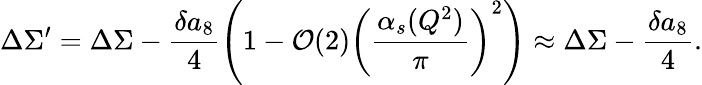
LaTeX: \Delta\Sigma^{\prime}=\Delta\Sigma-\frac{\delta a_{8}}{4}\left(1-{\cal O}(2)\left(\frac{\alpha_{s}(Q^{2})}{\pi}\right)^{2}\right)\approx\Delta\Sigma-\frac{\delta a_{8}}{4}.